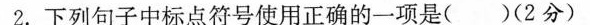
2.下列句子中标点符号使用正确的一项是( )(2分)